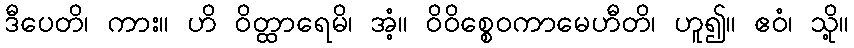
ဒီပေတိ၊ ကား။ ဟိ ဝိတ္ထာရေမိ၊ အံ့။ ဝိဝိစ္စေဝကာမေဟီတိ၊ ဟူ၍။ ဧဝံ၊ သို့။